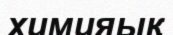
химияық